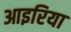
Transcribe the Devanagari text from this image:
आइरिया